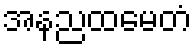
အနညထမေတံ